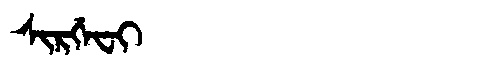
Manchu: ᠰᡳᡵᡤᡝᠸᡳ
Romanization: SIRGEFI